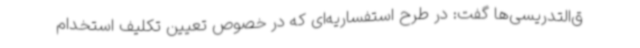
ق‌التدریسی‌ها گفت: در طرح استفساریه‌ای که در خصوص تعیین تکلیف استخدام